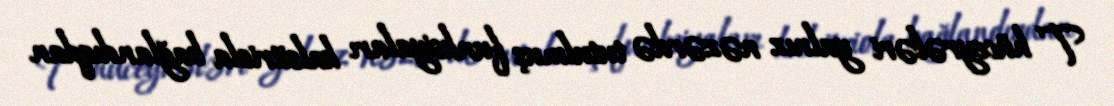
T hüceyrələri yalnız nəzərdə tutulmuş funksiyaları kalsitriola bağlandıqdan